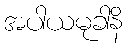
အပါယမုခါနိ